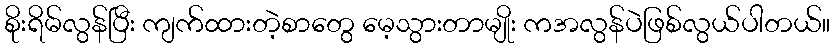
စိုးရိမ်လွန်ပြီး ကျက်ထားတဲ့စာတွေ မေ့သွားတာမျိုး ကအလွန်ပဲဖြစ်လွယ်ပါတယ်။